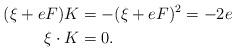
LaTeX: \begin{align*}(\xi +eF)K&=-(\xi+eF)^2=-2e\\\xi \cdot K &=0. \end{align*}